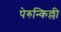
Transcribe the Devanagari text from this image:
पेरुन्किल्ली